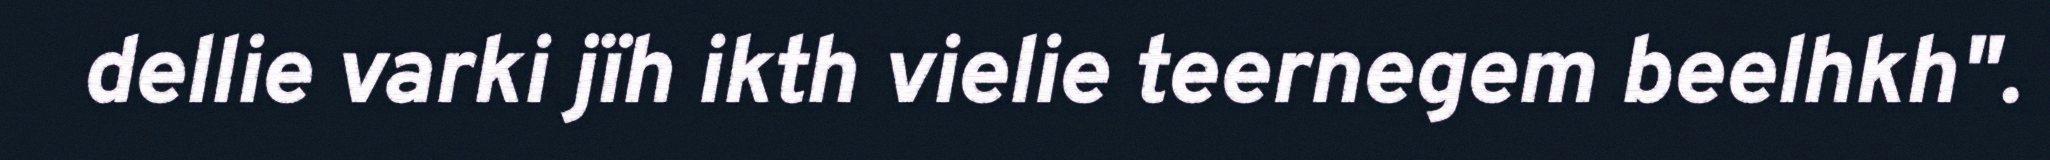
dellie varki jïh ikth vielie teernegem beelhkh".